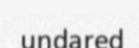
undared